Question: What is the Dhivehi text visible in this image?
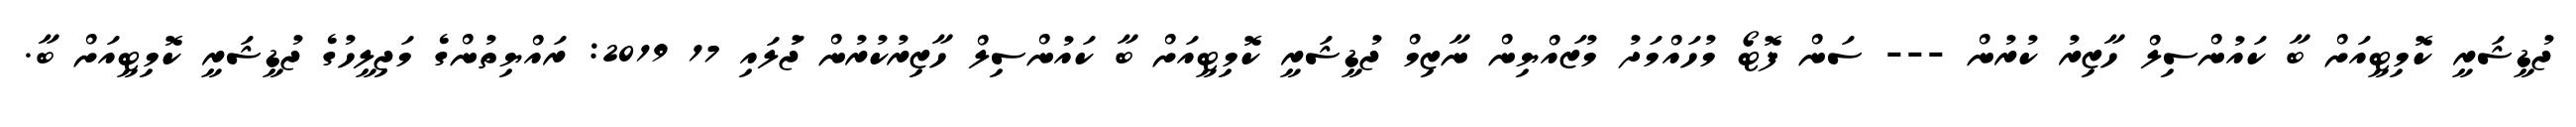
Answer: ޖުޑީޝަރީ ކޮމިޓީއަށް ބާ ކައުންސިލް ހާޒިރު ކުރުން --- ސަން ފޮޓޯ މުހައްމަދު މުޒައްޔިން ނާޒިމް ޖުޑީޝަރީ ކޮމިޓީއަށް ބާ ކައުންސިލް ހާޒިރުކުރުން ޖުަލައި 17 2019: ރައްޔިތުންގެ މަޖިލީހުގެ ޖުޑީޝަރީ ކޮމިޓީއަށް ބާ.